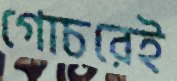
গোচরেই